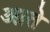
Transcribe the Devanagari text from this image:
आते